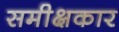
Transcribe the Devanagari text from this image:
समीक्षकार